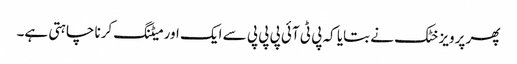
پھر پرویز خٹک نے بتایا کہ پی ٹی آئی پی پی پی سے ایک اور میٹنگ کرنا چاہتی ہے۔